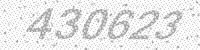
Solution: 430623